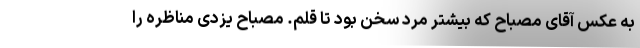
به عکس آقای مصباح که بیشتر مرد سخن بود تا قلم. مصباح یزدی مناظره را